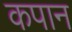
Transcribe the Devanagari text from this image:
कपान